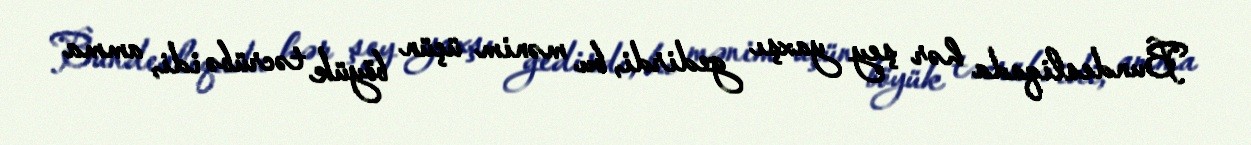
Bundesliqada hər şey yaxşı gedirdi, bu mənim üçün böyük təcrübə idi, amma